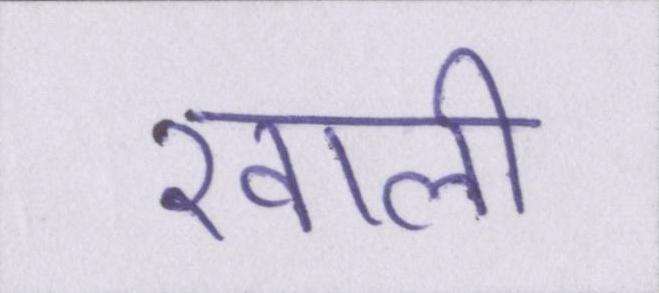
खाली